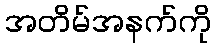
အတိမ်အနက်ကို